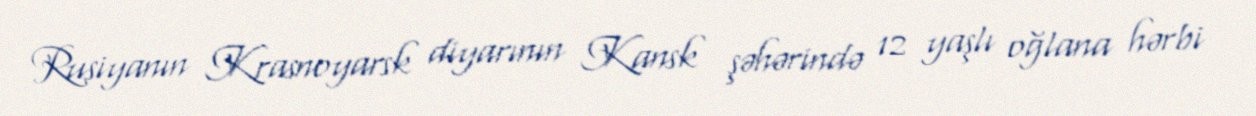
Rusiyanın Krasnoyarsk diyarının Kansk şəhərində 12 yaşlı oğlana hərbi